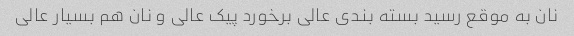
نان به موقع رسید بسته بندی عالی برخورد پیک عالی و نان هم بسیار عالی